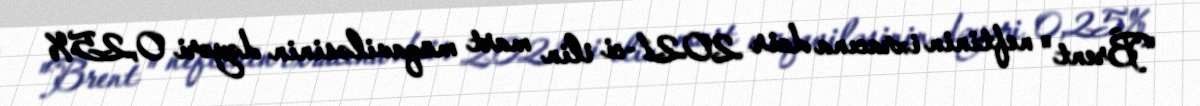
"Brent" neftinin ixracına dair 2021-ci ilin mart müqaviləsinin dəyəri 0,25%